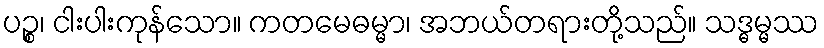
ပဉ္စ၊ ငါးပါးကုန်သော။ ကတမေဓမ္မာ၊ အဘယ်တရားတို့သည်။ သဒ္ဓမ္မဿ